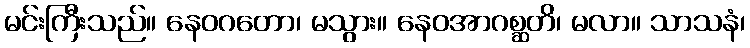
မင်းကြီးသည်။ နေဝဂတော၊ မသွား။ နေဝအာဂစ္ဆတိ၊ မလာ။ သာသနံ၊